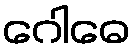
ဂေါဓေ